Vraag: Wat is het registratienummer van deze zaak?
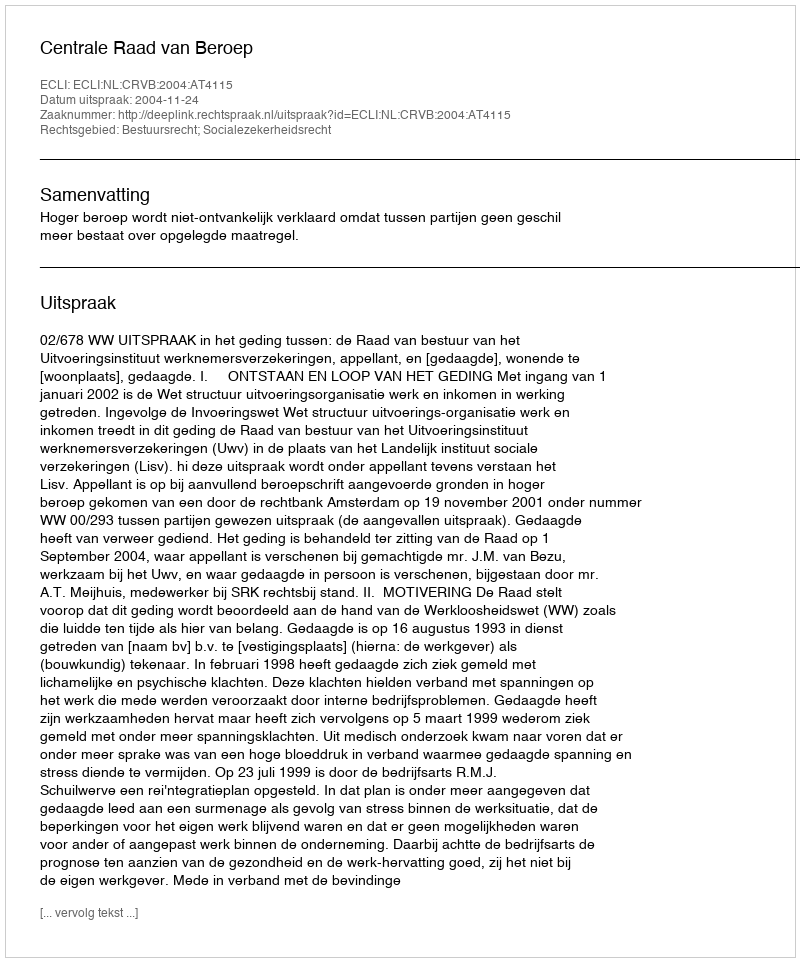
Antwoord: http://deeplink.rechtspraak.nl/uitspraak?id=ECLI:NL:CRVB:2004:AT4115